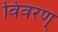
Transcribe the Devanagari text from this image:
विवरण्